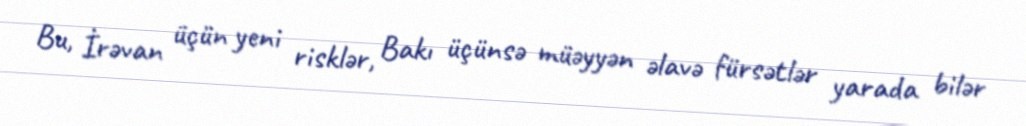
Bu, İrəvan üçün yeni risklər, Bakı üçünsə müəyyən əlavə fürsətlər yarada bilər